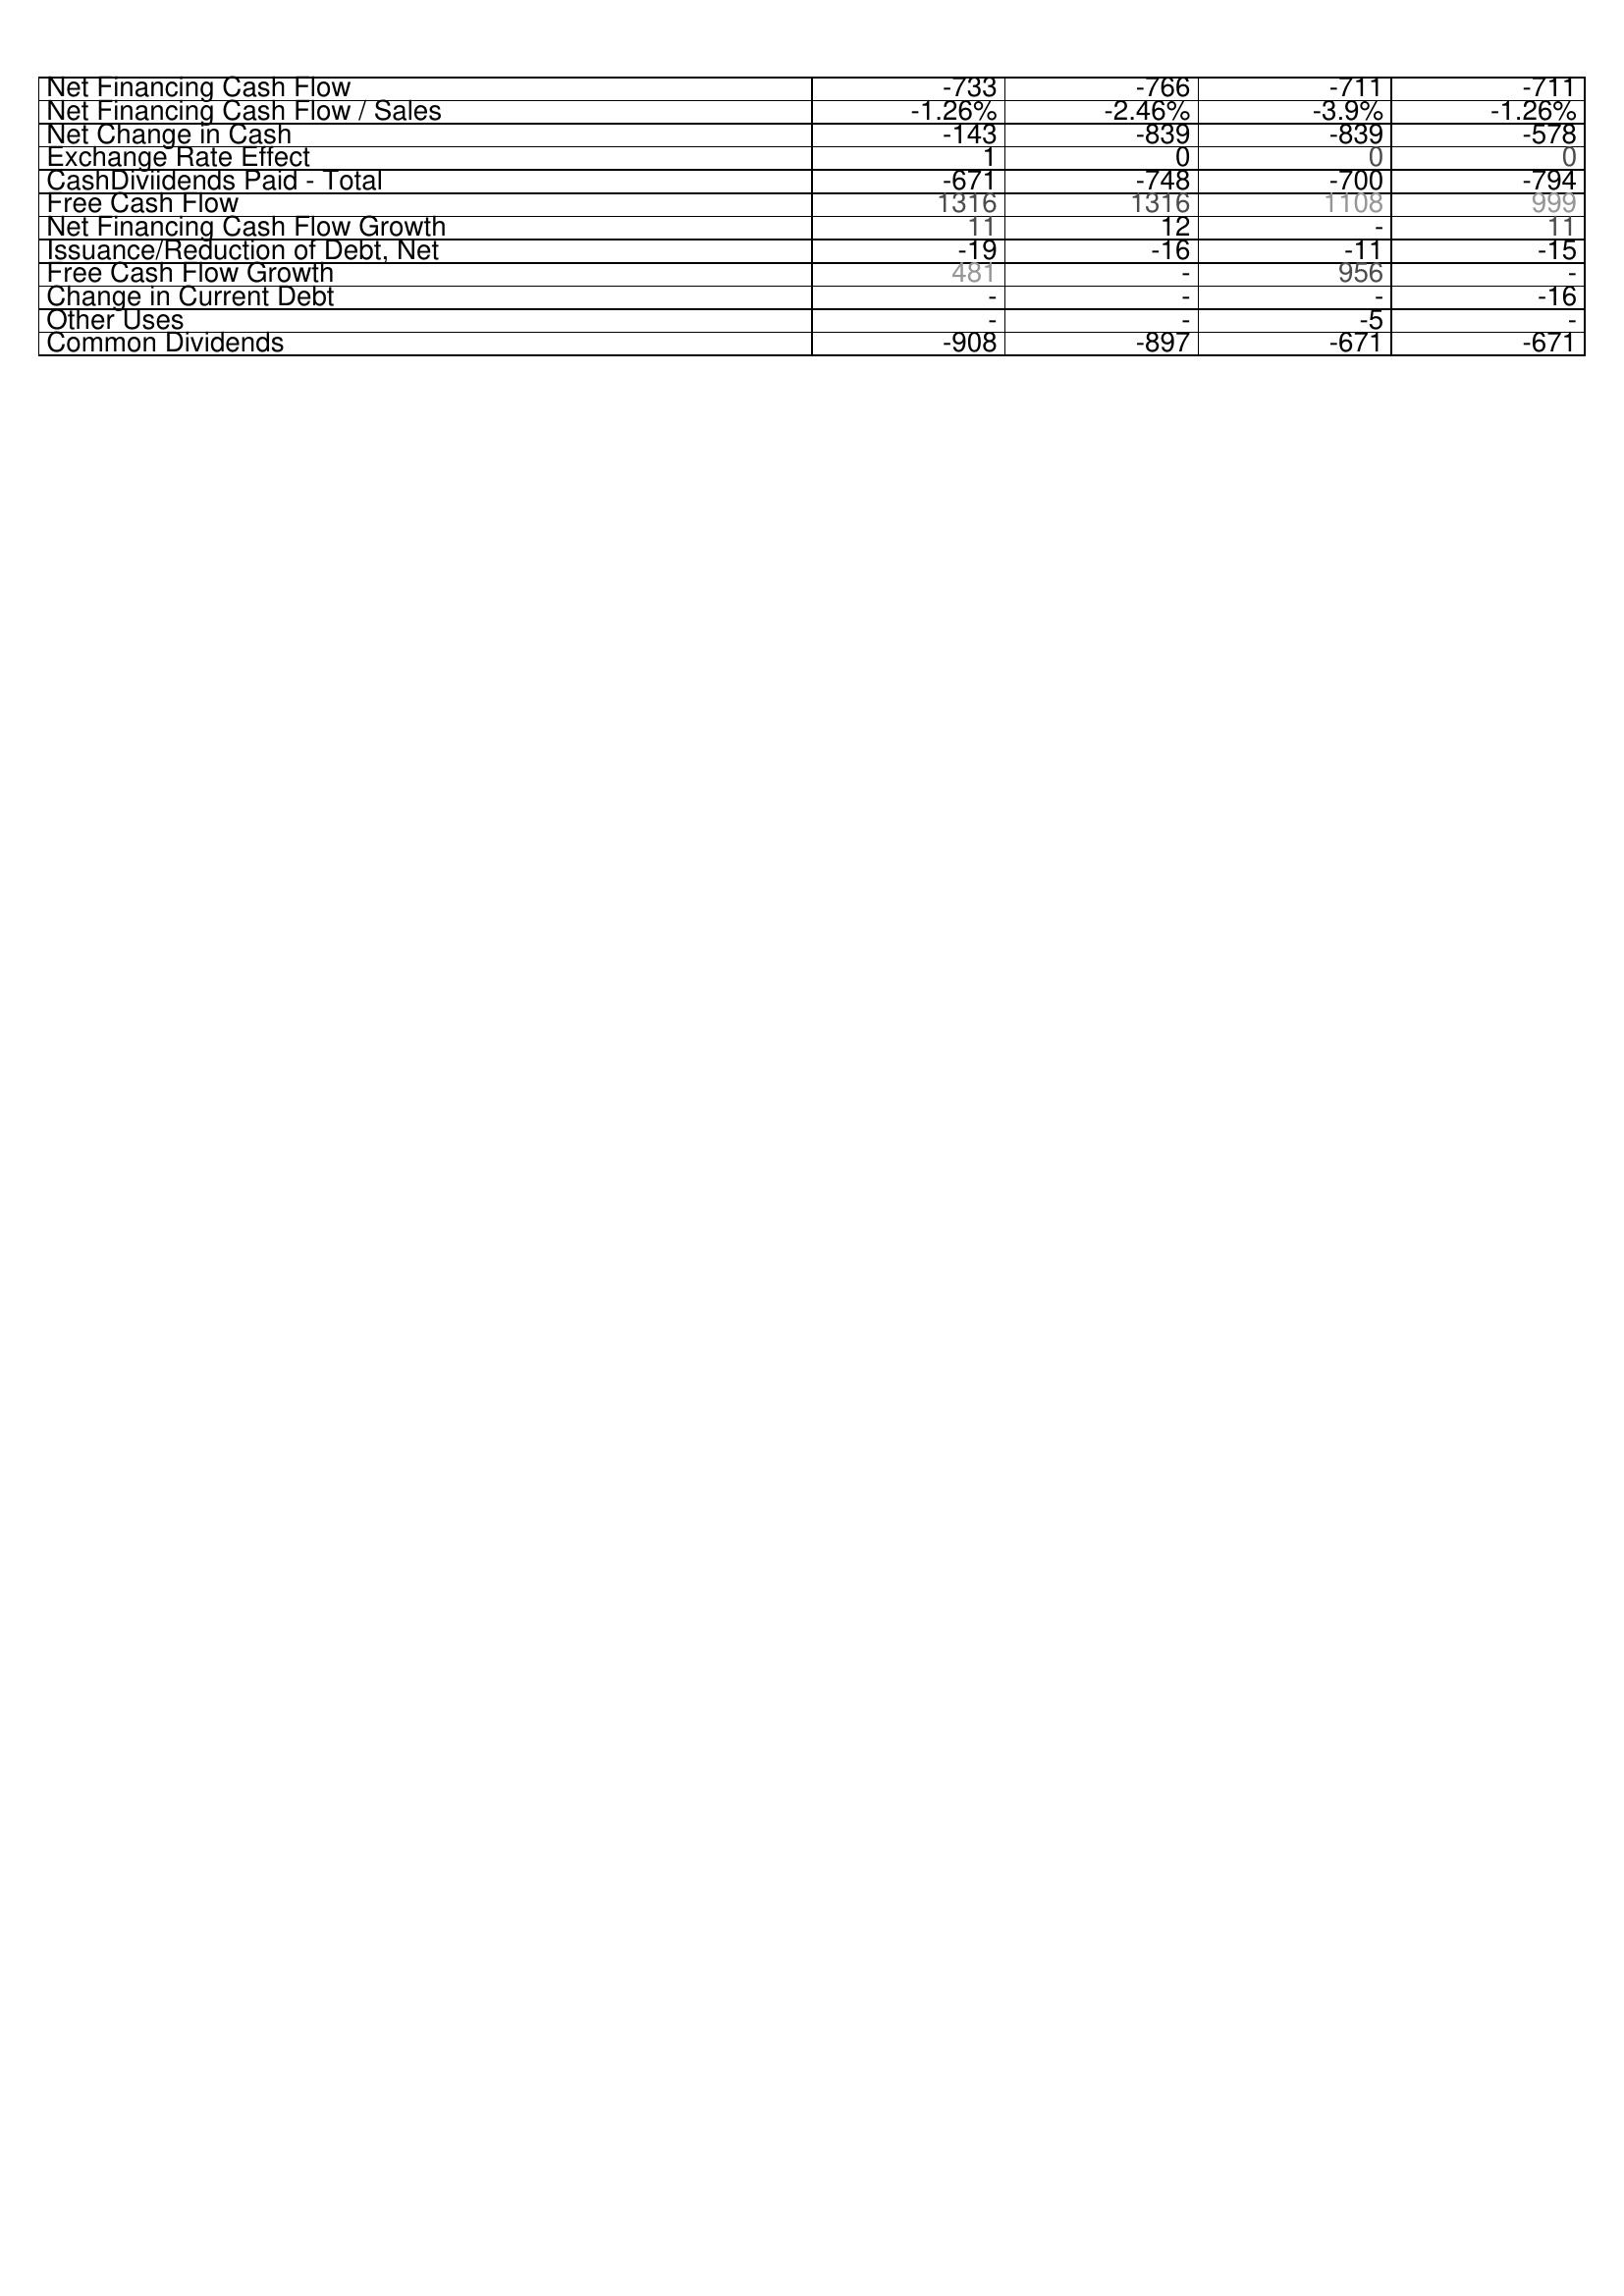
2005: Financing Activities: Net Financing Cash Flow: -733
Net Financing Cash Flow / Sales: -1.26%
Net Change in Cash: -143
Exchange Rate Effect: 1
CashDiviidends Paid - Total: -671
Free Cash Flow: 1316
Net Financing Cash Flow Growth: 11
Issuance/Reduction of Debt, Net: -19
Free Cash Flow Growth: 481
Change in Current Debt: -
Other Uses: -
Common Dividends: -908
2006: Financing Activities: Net Financing Cash Flow: -766
Net Financing Cash Flow / Sales: -2.46%
Net Change in Cash: -839
Exchange Rate Effect: 0
CashDiviidends Paid - Total: -748
Free Cash Flow: 1316
Net Financing Cash Flow Growth: 12
Issuance/Reduction of Debt, Net: -16
Free Cash Flow Growth: -
Change in Current Debt: -
Other Uses: -
Common Dividends: -897
2007: Financing Activities: Net Financing Cash Flow: -711
Net Financing Cash Flow / Sales: -3.9%
Net Change in Cash: -839
Exchange Rate Effect: 0
CashDiviidends Paid - Total: -700
Free Cash Flow: 1108
Net Financing Cash Flow Growth: -
Issuance/Reduction of Debt, Net: -11
Free Cash Flow Growth: 956
Change in Current Debt: -
Other Uses: -5
Common Dividends: -671
2008: Financing Activities: Net Financing Cash Flow: -711
Net Financing Cash Flow / Sales: -1.26%
Net Change in Cash: -578
Exchange Rate Effect: 0
CashDiviidends Paid - Total: -794
Free Cash Flow: 999
Net Financing Cash Flow Growth: 11
Issuance/Reduction of Debt, Net: -15
Free Cash Flow Growth: -
Change in Current Debt: -16
Other Uses: -
Common Dividends: -671